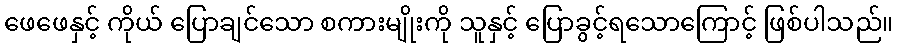
ဖေဖေနှင့် ကိုယ် ပြောချင်သော စကားမျိုးကို သူနှင့် ပြောခွင့်ရသောကြောင့် ဖြစ်ပါသည်။